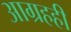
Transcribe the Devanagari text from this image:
आग्रहही